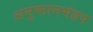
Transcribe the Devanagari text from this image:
अनुष्ठानमंडप